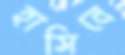
হাসিবে